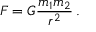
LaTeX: F = G { \frac { m _ { 1 } m _ { 2 } } { r ^ { 2 } } } \, .